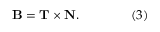
\mathbf { B } = \mathbf { T } \times \mathbf { N } . \qquad \qquad ( 3 )